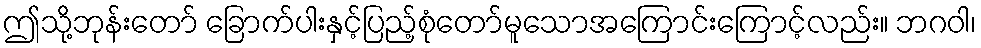
ဤသို့ဘုန်းတော် ခြောက်ပါးနှင့်ပြည့်စုံတော်မူသောအကြောင်းကြောင့်လည်း။ ဘဂဝါ၊